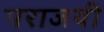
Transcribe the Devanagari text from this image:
पराजयी